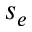
s _ { e }